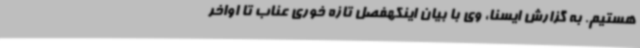
هستیم. به گزارش ایسنا، وی با بیان اینکهفصل تازه خوری عناب تا اواخر